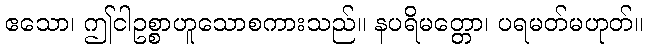
ဧသော၊ ဤငါဥစ္စာဟူသောစကားသည်။ နပရိမတ္တော၊ ပရမတ်မဟုတ်။